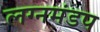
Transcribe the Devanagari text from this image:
लग्नमंडप